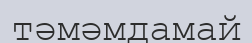
тәмәмдамай